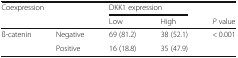
<table><thead><tr><td rowspan="2" colspan="2"><b>Coexpression</b></td><td colspan="2"><b>DKK1 expression</b></td><td></td></tr><tr><td><b>Low</b></td><td><b>High</b></td><td><b><i>P</i> value</b></td></tr></thead><tbody><tr><td rowspan="2">ß-catenin</td><td>Negative</td><td>69 (81.2)</td><td>38 (52.1)</td><td>&lt; 0.001</td></tr><tr><td>Positive</td><td>16 (18.8)</td><td>35 (47.9)</td><td></td></tr></tbody></table>